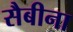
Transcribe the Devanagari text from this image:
सैबीना